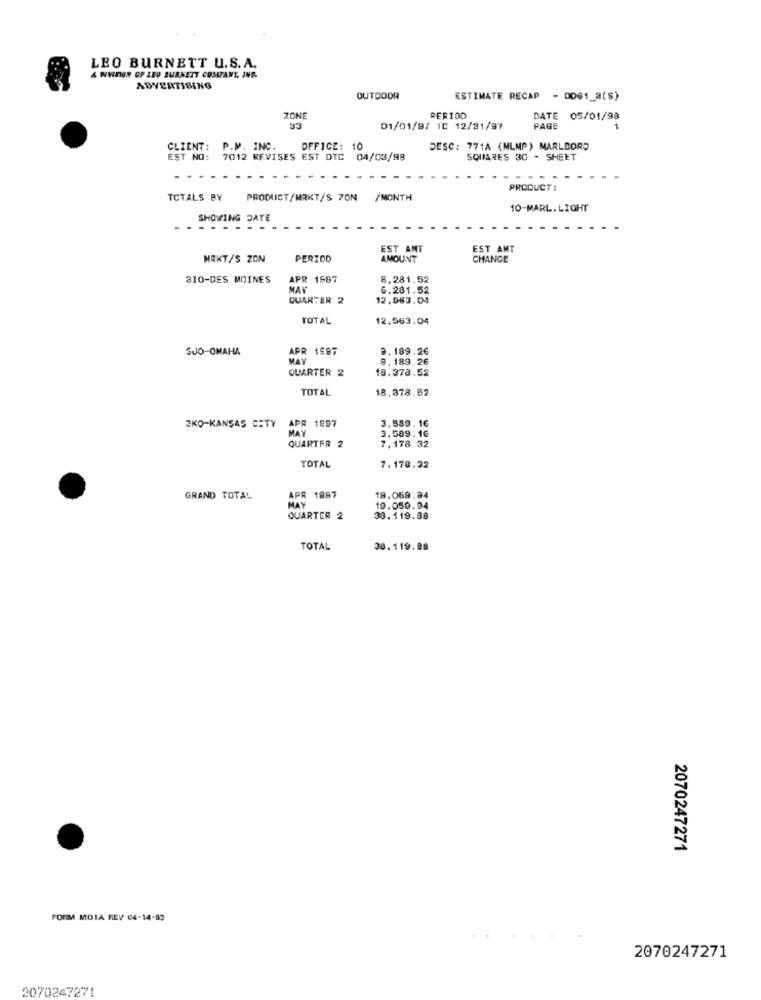
LEO BURNETT U.S.A.
A NATION OF LEO BURNETT COMPANY, JNG.
ADVERTISING
OUTDOOR
ESTIMATE RECAP - OD@1_2(8)
ZONE
PERIOD
DATE
05/01/98
01/01/97 TC 12/31/97
PAGE
CLIENT:
P.M. INC.
OFFICE:
10
DESC: 771A (MLMP) MARLBORO
EŞT NO: 7012 REVISES EST DTC 04/03/98
SQUARES 30 - SHEE
...
PRODUCT:
TOTALS BY
PRODUCT/MRKT/S 7ON
/MONTH
10-MARL.LIGHT
SHOWING DATE
EST AMT
EST AMT
MRKT/S ZON
PERIOD
AMOUNT
CHANGE
310-DES MOINES
APR 1587
6.281.52
MAY
6.281.52
QUARTER 2
12.563.04
TOTAL
12.563.04
SJO-OMAHA
APR 1997
9.189.26
MAY
9,189.26
QUARTER 2
18.378.52
TOTAL
18.378.52
3.589.16
3KO-KANSAS CITY APR 1897
MAY
3.589.16
7.178 32
QUARTER 2
TOTAL
7,178.32
GRAND TOTAL
APR 1987
18.069.94
MAY
19.050.94
QUARTER 2
38.119.88
TOTAL
30.119.88
2070247271
FORM MOIA REV 04-14-83
2070247271
2070247271